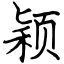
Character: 颖